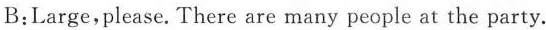
B:Large,please.There are many people at the party.